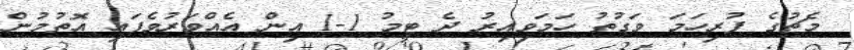
މެޗުގެ ފުރިހަމަ ވަގުތު ހަމަވިއިރު ދެ ޓީމު 1-1 އިން އެއްވަރުވެފައި އޮތުމުން